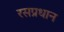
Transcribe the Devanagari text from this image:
रसप्रधान